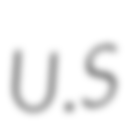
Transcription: U.S